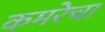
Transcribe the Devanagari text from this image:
कमरेचा